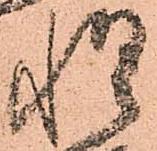
惶